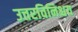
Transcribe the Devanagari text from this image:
उत्तरविनिश्चय